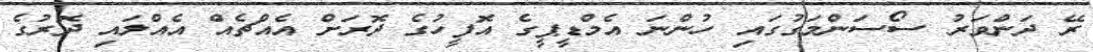
ރޭ ދަންވަރު ސޯސަންމަގުގައި ހުންނަ އެމްޑީޕީގެ އޮފީހުގެ ދޮރަށް އެއްޗެއް އެއްލައި ދޮރުގެ